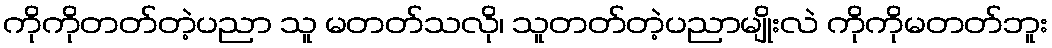
ကိုကိုတတ်တဲ့ပညာ သူ မတတ်သလို၊ သူတတ်တဲ့ပညာမျိုးလဲ ကိုကိုမတတ်ဘူး